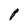
Character: I